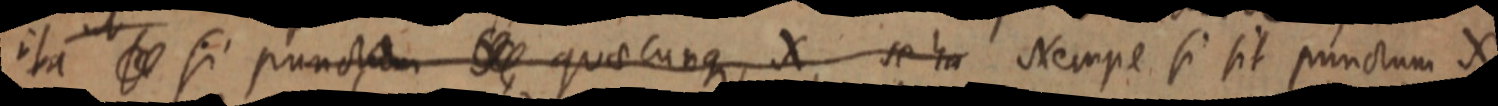
ita se si punctum _ quaecunque, X se ha Nempe si sit punctum X